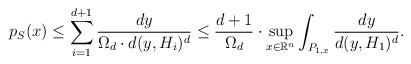
LaTeX: \begin{align*}p_{S}(x) \le \sum_{i = 1}^{d+1} \frac{dy}{\Omega_d \cdot d(y, H_i)^d} \le \frac{d + 1}{\Omega_d} \cdot \sup_{x \in \mathbb R^n} \int_{P_{1, x}} \frac{dy}{d(y, H_1)^d}.\end{align*}